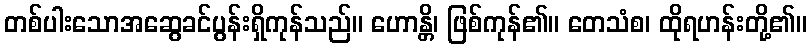
တစ်ပါးသောအဆွေခင်ပွန်းရှိကုန်သည်။ ဟောန္တိ၊ ဖြစ်ကုန်၏။ တေသံစ၊ ထိုရဟန်းတို့၏။